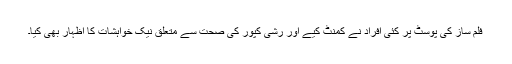
فلم ساز کی پوسٹ پر کئی افراد نے کمنٹ کیے اور رشی کپور کی صحت سے متعلق نیک خواہشات کا اظہار بھی کیا۔